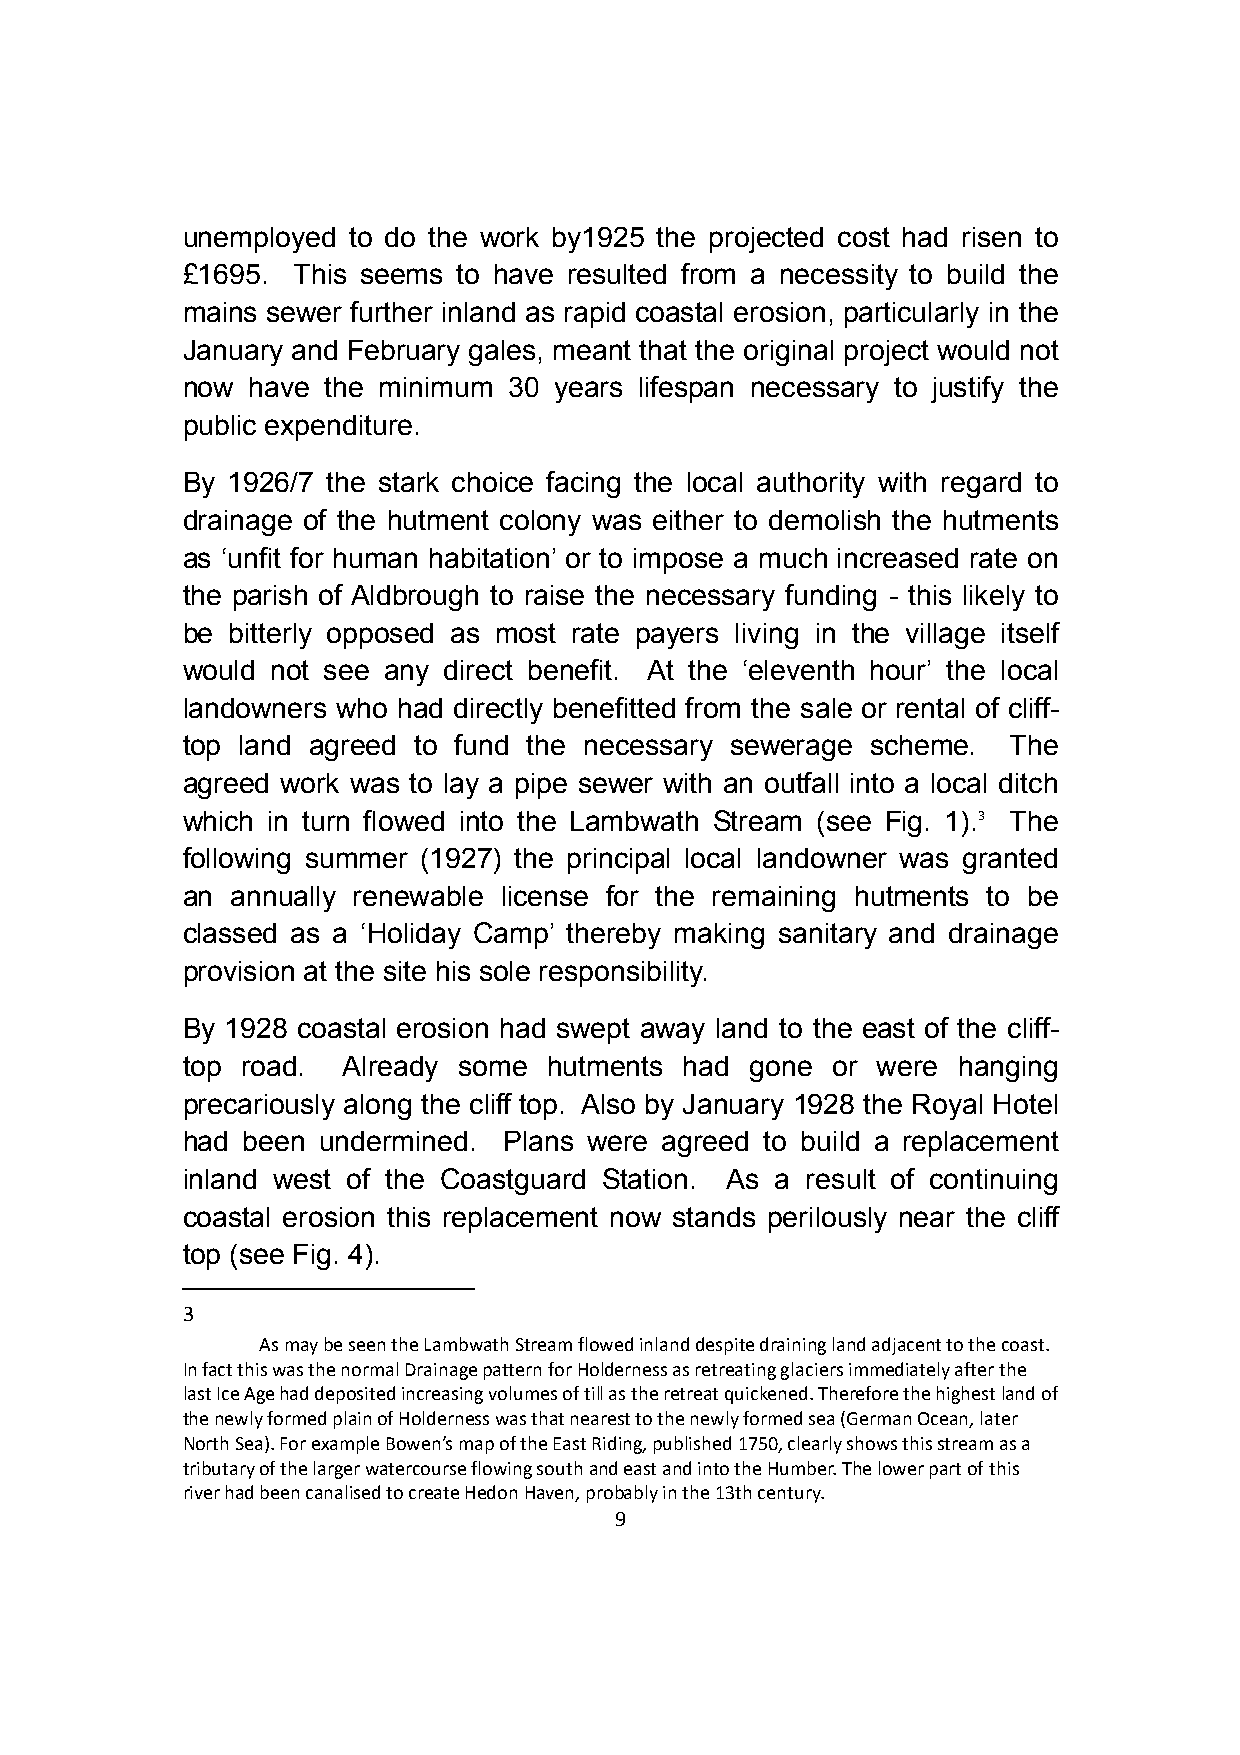
unemployed to do the work by1925 the projected cost had risen to
 £1695. This seems to have resulted from a necessity to build the
 mains sewer further inland as rapid coastal erosion, particularly in the
 January and February gales, meant that the original project would not
 now have  the minimum 30 years lifespan necessary to justify the
 public expenditure.
 By 1926/7 the stark choice facing the local authority with regard to
 drainage of the hutment colony was either to demolish the hutments
 as ‘unfit for human habitation’ or to impose a much increased rate on
 the parish of Aldbrough to raise the necessary funding - this likely to
 be bitterly opposed as most rate payers living in the village itself
 would not see any direct benefit. At the ‘eleventh hour’ the local
 landowners who had directly benefitted from the sale or rental of cliff-
 top land agreed to fund the necessary sewerage scheme. The
 agreed work was to lay a pipe sewer with an outfall into a local ditch
 which in turn flowed into the Lambwath Stream (see Fig. 1).3 The
 following summer (1927) the principal local landowner was granted
 an annually renewable license for the remaining hutments to be
 classed as a ‘Holiday Camp’ thereby making sanitary and drainage
 provision at the site his sole responsibility.
 By 1928 coastal erosion had swept away land to the east of the cliff-
 top road.  Already some hutments had  gone or were hanging
 precariously along the cliff top. Also by January 1928 the Royal Hotel
 had been undermined. Plans were agreed to build a replacement
 inland west of the Coastguard Station. As a result of continuing
 coastal erosion this replacement now stands perilously near the cliff
 top (see Fig. 4).
 3
 As may be seen the Lambwath Stream flowed inland despite draining land adjacent to the coast.
 In fact this was the normal Drainage pattern for Holderness as retreating glaciers immediately after the
 last Ice Age had deposited increasing volumes of till as the retreat quickened. Therefore the highest land of
 the newly formed plain of Holderness was that nearest to the newly formed sea (German Ocean, later
 North Sea). For example Bowen’s map of the East Riding, published 1750, clearly shows this stream as a
 tributary of the larger watercourse flowing south and east and into the Humber. The lower part of this
 river had been canalised to create Hedon Haven, probably in the 13th century.
 9